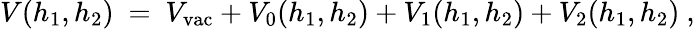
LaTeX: V(h_{1},h_{2})\ =\ V_{\mathrm{vac}}+V_{0}(h_{1},h_{2})+V_{1}(h_{1},h_{2})+V_{2}(h_{1},h_{2})\ ,